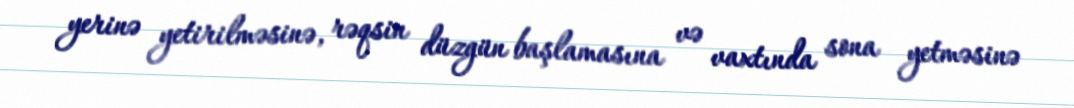
yerinə yetirilməsinə, rəqsin düzgün başlamasına və vaxtında sona yetməsinə